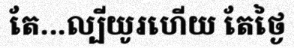
តែ...ល្បីយូរហើយ តែថ្ងៃ